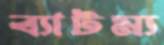
ব্যাটম্য